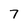
Character: 7